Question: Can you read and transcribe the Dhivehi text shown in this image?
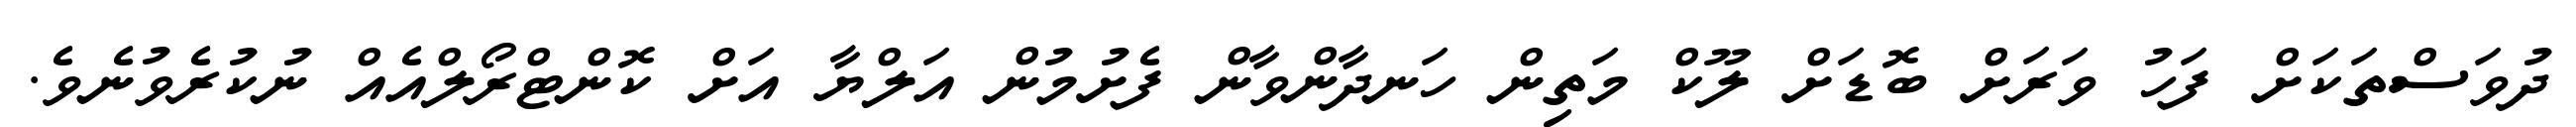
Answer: ދުވަސްތަކަށް ފަހު ވަރަށް ބޮޑަށް ލޫކް މަތިން ހަނދާންވާން ފެށުމުން އަލްޔާ އަށް ކޮންޓްރޯލްއެއް ނުކުރެވުނެވެ.